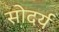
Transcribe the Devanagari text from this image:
सोदर्य